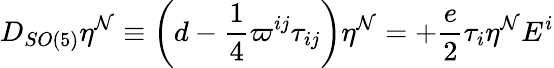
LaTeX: D_{SO(5)}\eta^{\mathcal{N}}\equiv\left(d-\frac{{1}}{{4}}\varpi^{ij}\tau_{ij}\right)\eta^{\mathcal{N}}=+\frac{{e}}{{2}}\tau_{i}\eta^{\mathcal{N}}E^{i}